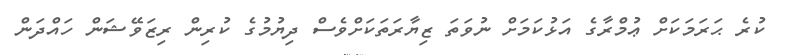
ކުރެ ޙަރަމަކަށް ޢުމްރާގެ އަޅުކަމަށް ނުވަތަ ޒިޔާރަތަކަށްވެސް ދިޔުމުގެ ކުރިން ރިޒަވޭޝަން ހައްދަން